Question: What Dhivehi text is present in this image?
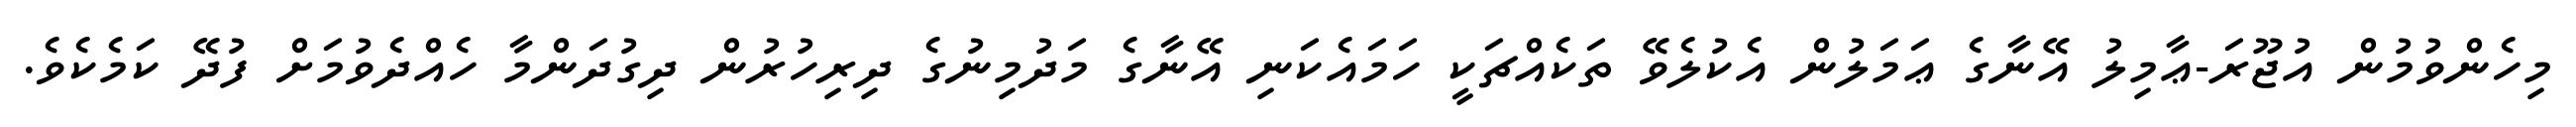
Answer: މިހެންވުމުން އުޖޫރަ-ޢާމިލު އޭނާގެ ޢަމަލުން އެކުލެވޭ ތަކެއްޗަކީ ހަމައެކަނި އޭނާގެ މަދުމިނުގެ ދިރިހުރުން ދިގުދަންމާ ހެއްދެވުމަށް ފުދޭ ކަމެކެވެ.